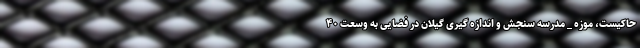
حاکیست، موزه _ مدرسه سنجش و اندازه گیری گیلان در فضایی به وسعت ۴۰